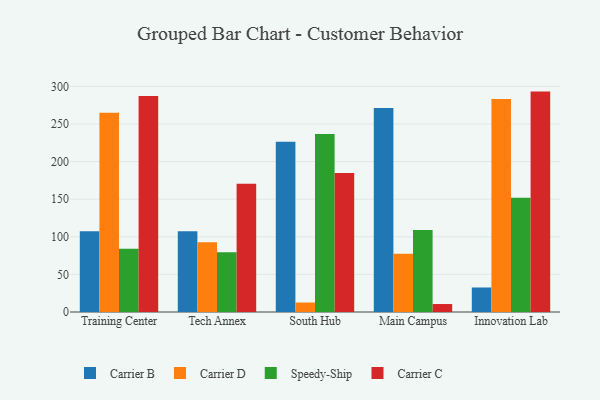
{"axis": {"x": "Campus", "y": "LTV (USD)"}, "legend": ["Carrier B", "Carrier C", "Carrier D", "Speedy-Ship"], "data": [{"x": "Training Center", "y": 107.5, "type": "Carrier B"}, {"x": "Training Center", "y": 265.0, "type": "Carrier D"}, {"x": "Training Center", "y": 84.0, "type": "Speedy-Ship"}, {"x": "Training Center", "y": 287.1, "type": "Carrier C"}, {"x": "Tech Annex", "y": 107.5, "type": "Carrier B"}, {"x": "Tech Annex", "y": 92.9, "type": "Carrier D"}, {"x": "Tech Annex", "y": 79.4, "type": "Speedy-Ship"}, {"x": "Tech Annex", "y": 170.7, "type": "Carrier C"}, {"x": "South Hub", "y": 226.3, "type": "Carrier B"}, {"x": "South Hub", "y": 12.6, "type": "Carrier D"}, {"x": "South Hub", "y": 236.8, "type": "Speedy-Ship"}, {"x": "South Hub", "y": 184.7, "type": "Carrier C"}, {"x": "Main Campus", "y": 271.2, "type": "Carrier B"}, {"x": "Main Campus", "y": 77.6, "type": "Carrier D"}, {"x": "Main Campus", "y": 109.2, "type": "Speedy-Ship"}, {"x": "Main Campus", "y": 10.6, "type": "Carrier C"}, {"x": "Innovation Lab", "y": 32.6, "type": "Carrier B"}, {"x": "Innovation Lab", "y": 283.2, "type": "Carrier D"}, {"x": "Innovation Lab", "y": 152.1, "type": "Speedy-Ship"}, {"x": "Innovation Lab", "y": 293.1, "type": "Carrier C"}]}